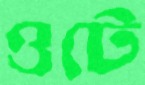
ওটে